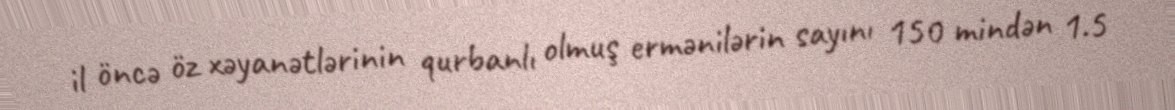
il öncə öz xəyanətlərinin qurbanlı olmuş ermənilərin sayını 150 mindən 1.5